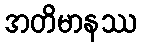
အတိမာနဿ